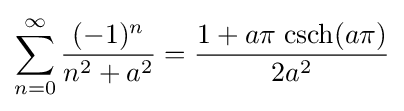
\sum _{n=0}^{\infty }{\frac {(-1)^{n}}{n^{2}+a^{2}}}={\frac {1+a\pi \;{\text{csch}}(a\pi )}{2a^{2}}}